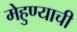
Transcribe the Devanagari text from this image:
मेहुण्याची